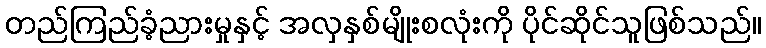
တည်ကြည်ခံ့ညားမှုနှင့် အလှနှစ်မျိုးစလုံးကို ပိုင်ဆိုင်သူဖြစ်သည်။